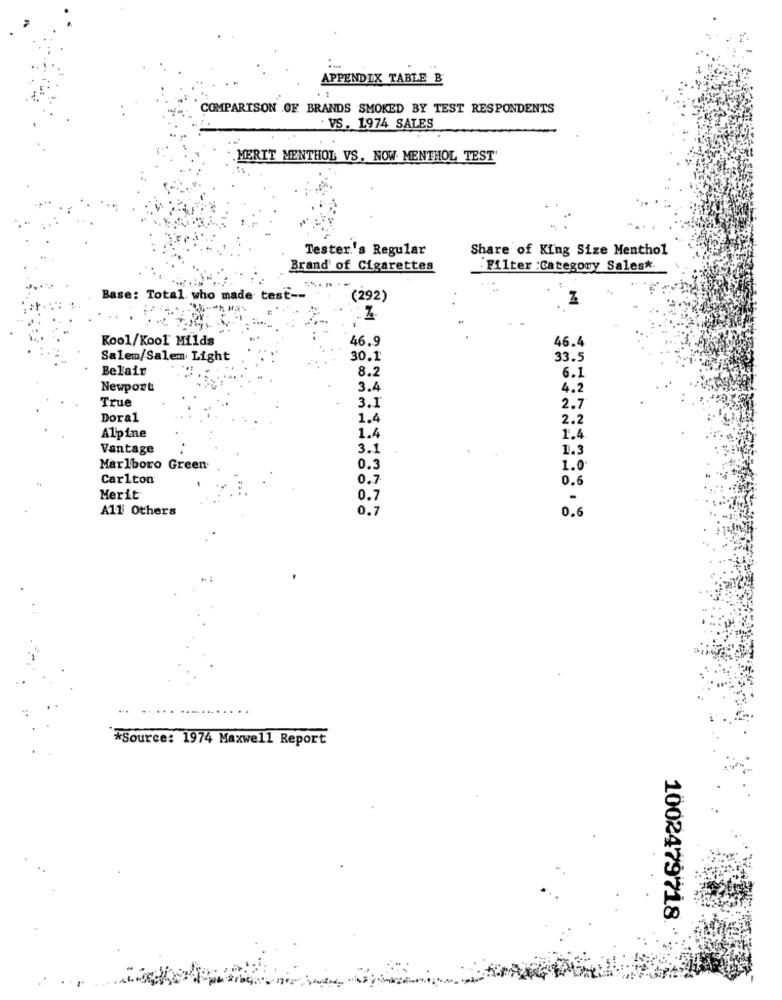
APPENDIX TABLE B
COMPARISON OF BRANDS SMOKED BY TEST RESPONDENTS
. VS. 1974 SALES
.MERIT MENTHOL VS. NOW MENTHOL TEST'
Tester's Regular
Share of King Size Menthol
Brand of Cigarettes
· Filter :Category Sales *.
Base: Total who made test --
(292)
Kool/Kool Milds
46.9
46.4
Salem/Salen Light
30.1
33.5
Belair
8.2
6.1
Newport
3.4
4.2
True
3.1
2.7
Doral
1.4
2.2
1.4
Alpine
1.4
Vantage
3.1
1.3
Marlboro Green
0.3
1.0
Carlton
0.7
0.6
Merit
0.7
A11 Others
0.7
0.6
*Source: 1974 Maxwell Report
1002479718